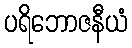
ပရိဘောဇနီယံ